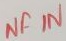
Text: NF IN